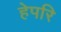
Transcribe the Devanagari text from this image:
हेपरि